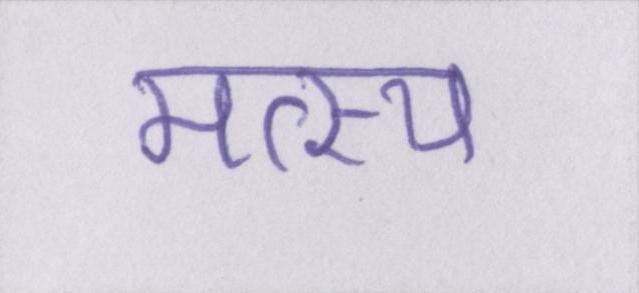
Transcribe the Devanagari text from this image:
मत्स्य